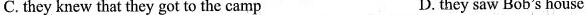
C.they knew that they got to the camp D.they saw Bob's house